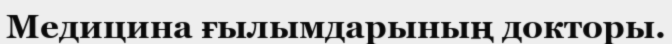
Медицина ғылымдарының докторы.